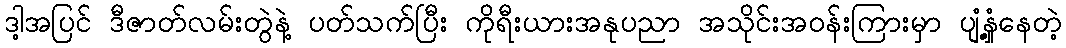
ဒါ့အပြင် ဒီဇာတ်လမ်းတွဲနဲ့ ပတ်သက်ပြီး ကိုရီးယားအနုပညာ အသိုင်းအဝန်းကြားမှာ ပျံ့နှံ့နေတဲ့